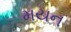
મયન